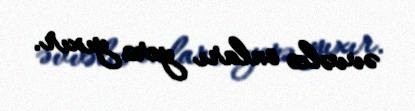
əvvəlcə onları yerə yıxır.